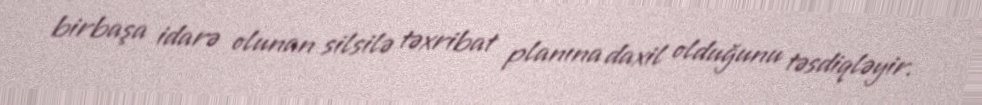
birbaşa idarə olunan silsilə təxribat planına daxil olduğunu təsdiqləyir.